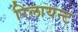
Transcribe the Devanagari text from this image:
रिलायन्ट